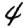
Digit: 4